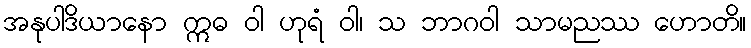
အနုပါဒိယာနော ဣဓ ဝါ ဟုရံ ဝါ၊ သ ဘာဂဝါ သာမညဿ ဟောတိ။